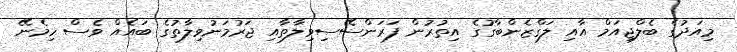
މިއަދުގެ ބެލްޖިއަމް އާއި ލަގްޒެންބާގުގެ އިތުރުން ފަރަންސޭސިވިލާތާއި ޖަރުމަނުވިލާތުގެ ބައެއް ވެސް ހިމެނޭ